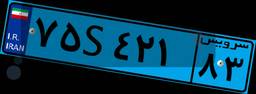
۷۰S۷۴۳۳۶